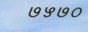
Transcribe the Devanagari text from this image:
७५७०